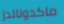
ماكدونالدز